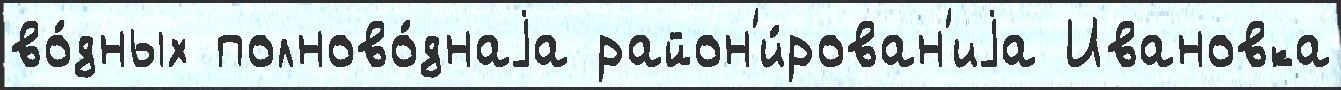
во́дных полново́днаjа район'и́рован'иjа Ивановка